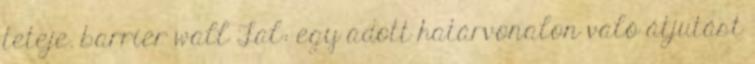
teteje. barrier wall Fal: egy adott határvonalon való átjutást